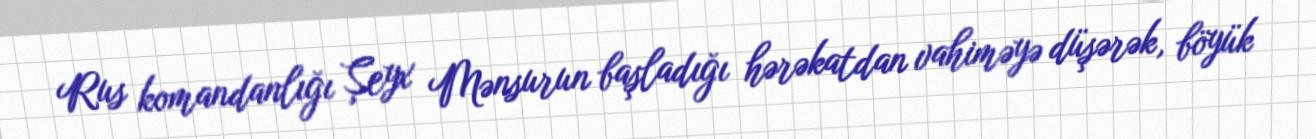
Rus komandanlığı Şeyx Mənsurun başladığı hərəkatdan vahiməyə düşərək, böyük